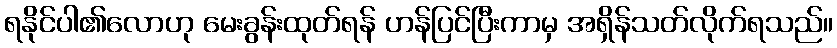
ရနိုင်ပါ၏လောဟု မေးခွန်းထုတ်ရန် ဟန်ပြင်ပြီးကာမှ အရှိန်သတ်လိုက်ရသည်။